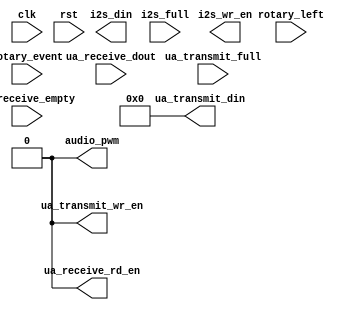
module piano_fsm (
    input clk,  // 125 MHz clock as usual
    input rst,
    input rotary_event,
    input rotary_left,

    output [7:0] ua_transmit_din,
    output ua_transmit_wr_en,
    input ua_transmit_full,

    input [7:0] ua_receive_dout,
    input ua_receive_empty,
    output ua_receive_rd_en,

    output [19:0] i2s_din,
    output i2s_wr_en,
    input i2s_full,

    output audio_pwm
);
    assign audio_pwm = 1'b0;
    assign ua_transmit_din = 0;
    assign ua_transmit_wr_en = 0;
    assign ua_receive_rd_en = 0;
    assign ac97_din = 0;
    assign ac97_wr_en = 0;
endmodule